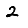
Digit: 2